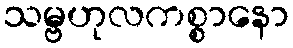
သမ္ဗဟုလကစ္စာနော